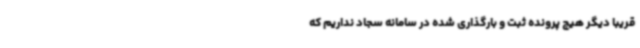
قریباً دیگر هیچ پرونده ثبت و بارگذاری شده در سامانه سجاد نداریم که